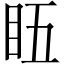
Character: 𥄬